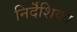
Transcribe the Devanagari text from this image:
निर्दॆशिका